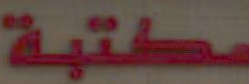
مكتبة